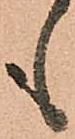
も